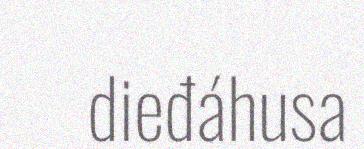
dieđáhusa